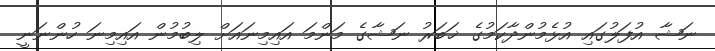
ނަޝާ އުފަލުގައި އުޅެމުންދާކަމުގެ ޚަބަރު ނަޝާގެ މަންމަ އައިމިނައަށް ލިބުމުން އައިމިނަ ހުންނަނީ